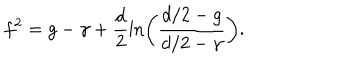
f ^ { 2 } = g - \gamma + \frac { d } { 2 } \ln \left( \frac { { d } / 2 - g } { { d } / 2 - \gamma } \right) .